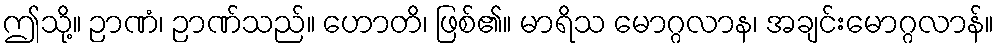
ဤသို့။ ဉာဏံ၊ ဉာဏ်သည်။ ဟောတိ၊ ဖြစ်၏။ မာရိသ မောဂ္ဂလာန၊ အချင်းမောဂ္ဂလာန်။